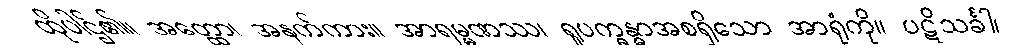
ထိုပါဌ်၏။ အတ္ထော၊ အနက်ကား။ အာရမ္မဏဿ၊ ရူပက္ခန္ဓာအစရှိသော အာရုံကို။ ပဋိသင်္ခါ၊